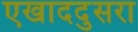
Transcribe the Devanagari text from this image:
एखाददुसरा